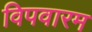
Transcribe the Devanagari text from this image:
विपवारम